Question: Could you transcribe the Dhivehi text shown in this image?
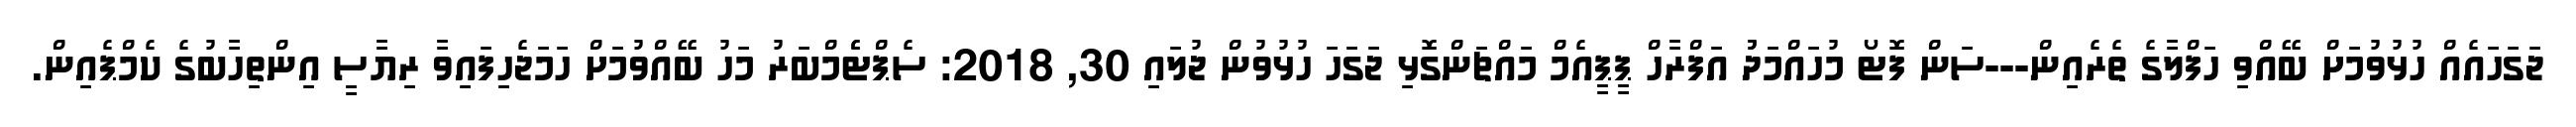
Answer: ޖަގަހައެއް ހުޅުވުމަށް ބޭއްވި ހަފްލާގެ ތެރެއިން---ސަން ފޮޓޯ މުހައްމަދުު އަފްރާހް ޕީޕީއެމް މައްޗަންގޮޅި ޖަގަހަ ހުޅުވުން ޖުލައި 30, 2018: ސެޕްޓެެމްބަރު މަހު ބޭއްވުމަށް ހަމަޖެހިފައިވާ ރިޔާސީ އިންތިހާބުގެ ކެމްޕެއިން.